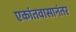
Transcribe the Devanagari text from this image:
एकांतवासानंतर